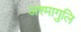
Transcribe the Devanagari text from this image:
अश्मागुलि